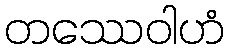
တဿေဝါဟံ